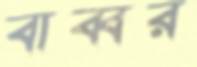
বাব্বর